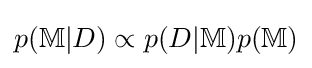
p(\mathbb {M} |D)\propto p(D|\mathbb {M} )p(\mathbb {M} )